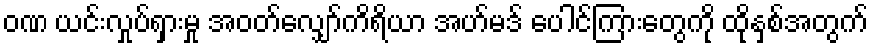
ဝဏ ယင်းလှုပ်ရှားမှု အဝတ်လျှော်ကိရိယာ အဟ်မဒ် ပေါင်ကြားတွေကို ထိုနှစ်အတွက်